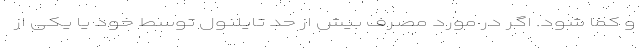
و کما شود. اگر در مورد مصرف بیش از حد تایلنول توسط خود یا یکی از